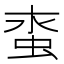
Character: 𧊯